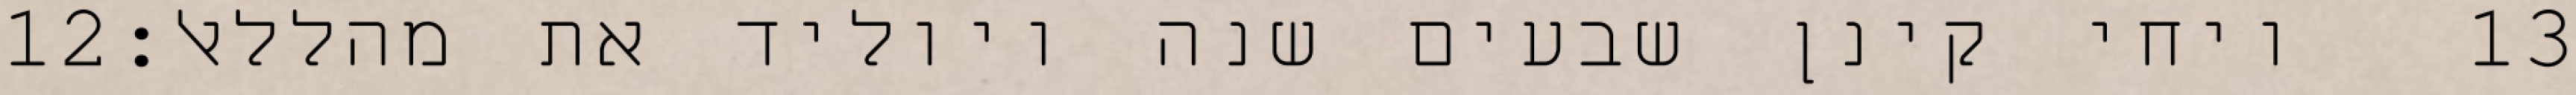
‎12‏ ויחי קינן שבעים שנה ויוליד את מהללאל׃ ‎13‏